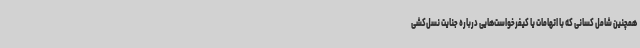
همچنین شامل کسانی که با اتهامات یا کیفرخواست‌هایی درباره جنایت نسل‌کشی